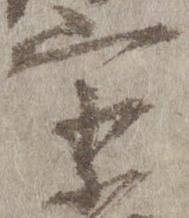
宗